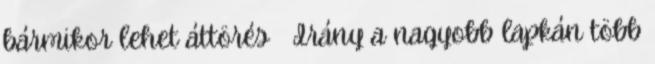
bármikor lehet áttörés ● Irány a nagyobb lapkán több